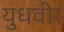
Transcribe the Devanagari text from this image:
युधवीर